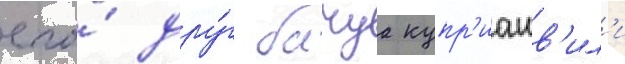
его́ дру́г бачуа купр'иашв'ил'и